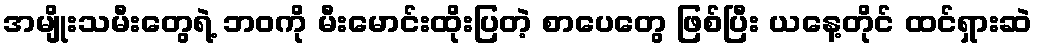
အမျိုးသမီးတွေရဲ့ ဘဝကို မီးမောင်းထိုးပြတဲ့ စာပေတွေ ဖြစ်ပြီး ယနေ့တိုင် ထင်ရှားဆဲ